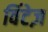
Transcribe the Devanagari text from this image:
विंटेज़